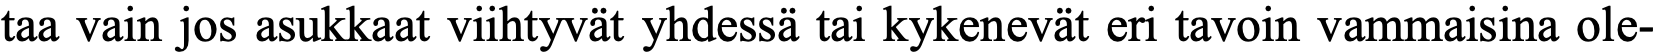
taa vain jos asukkaat viihtyvät yhdessä tai kykenevät eri tavoin vammaisina ole-